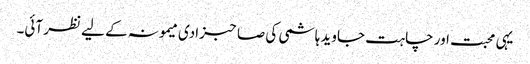
یہی محبت اور چاہت جاوید ہاشمی کی صاحبزادی میمونہ کے لیے نظر آئی۔